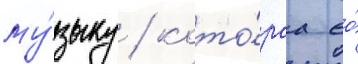
му́зыку / кото́раа ео́